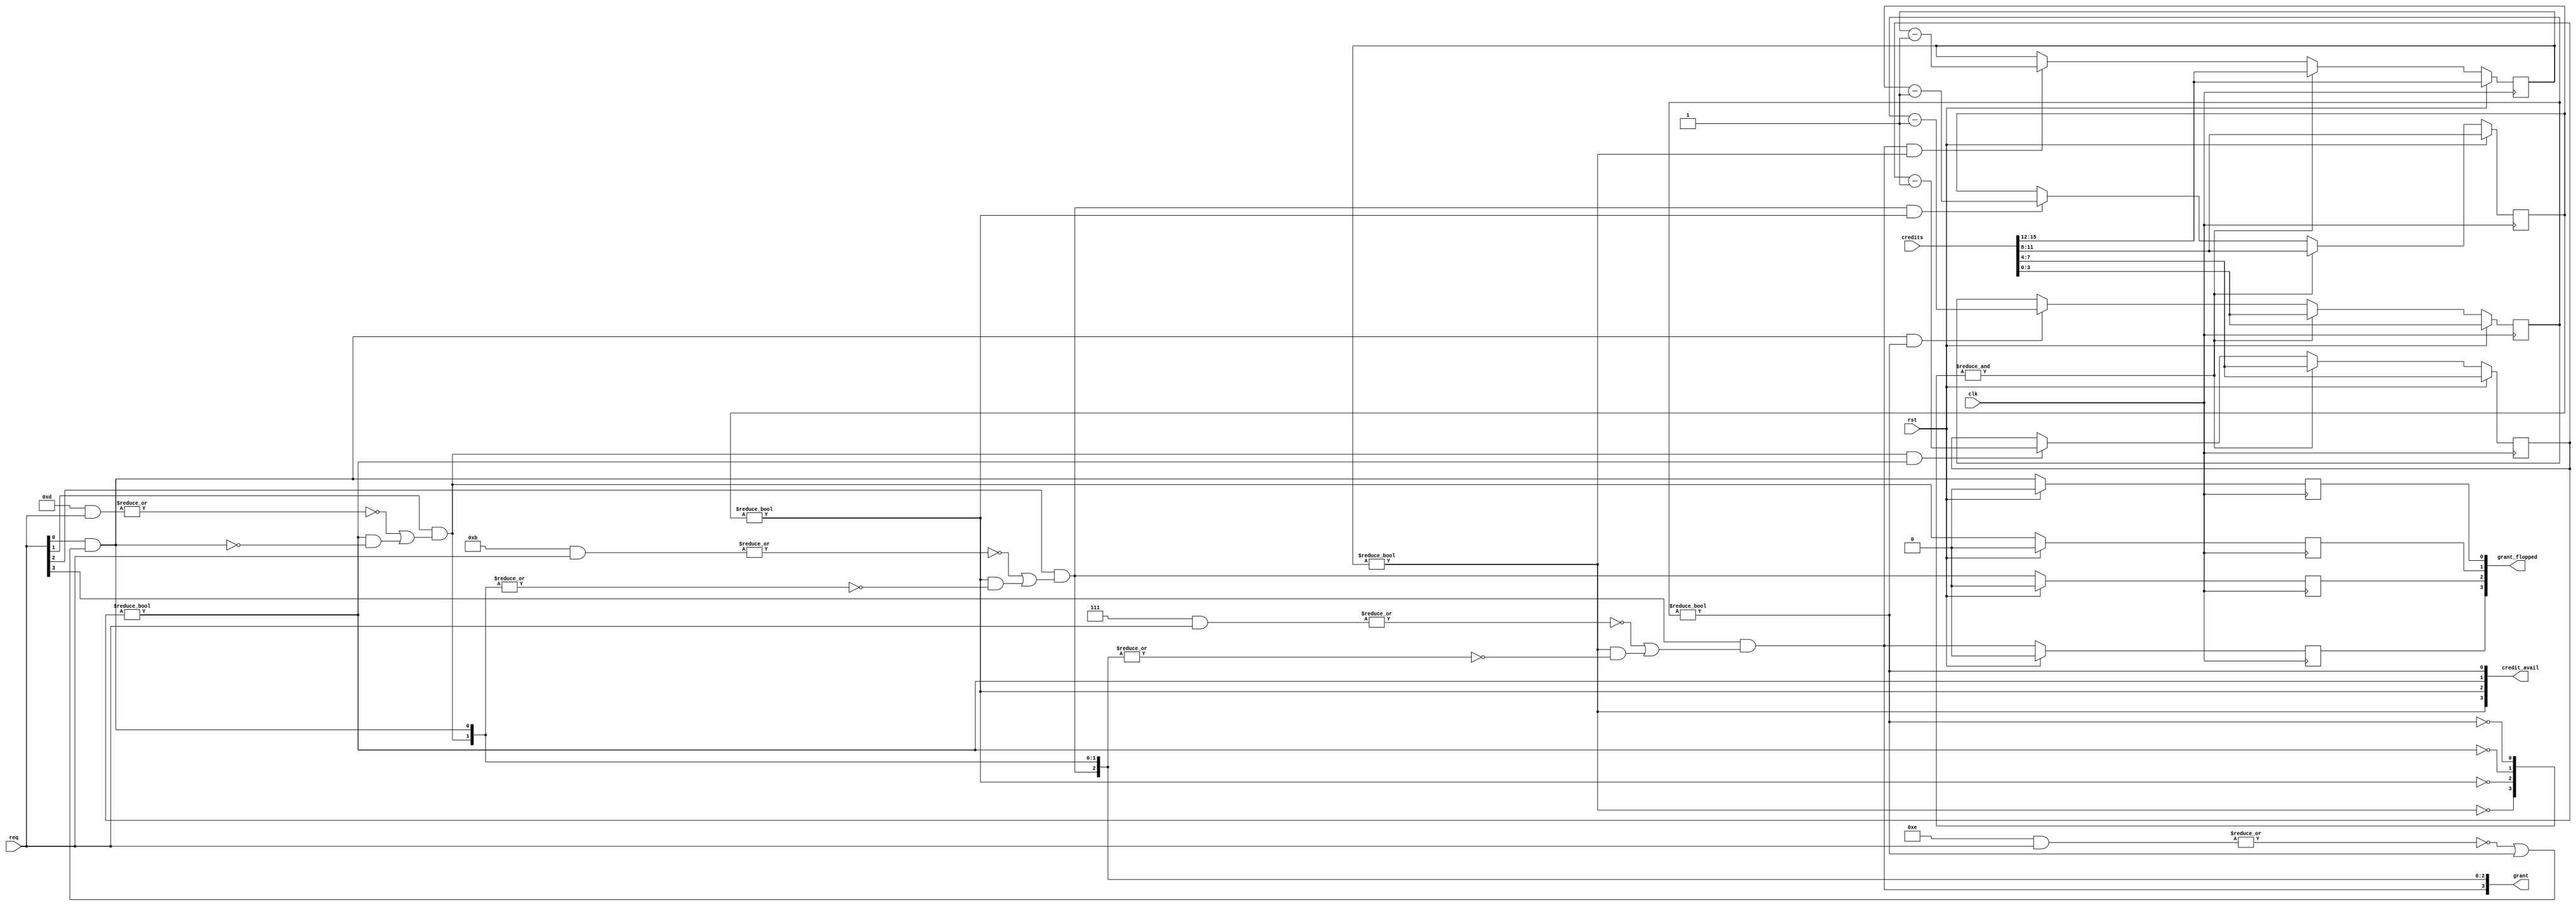
///////////////////////////////////////////////////////////////////////////////
//
// Copyright 2020 by Heqing Huang (feipenghhq@gamil.com)
//
// Project Name: N/A
// Module Name: wrr_arbiter
//
//
// ================== Description ==================
//
//  A Weighted Round Robin Arbiter.
//  Lower request has higher priority as long as it has credit
//
//  Algorithm:
//  1. At beginning, all the request get the credit as credit.
//  2. If there is only 1 request, it gets the grant and its credit is decreased by 1.
//  3. If there is more than one request, the lowest one has priority over others,
//     if it has credit, then it gets the grant and credit is decreased by 1.
//     if it has no credit, then the next lowest one has priority and repeat this
//     arbitration process.
//
///////////////////////////////////////////////////////////////////////////////

module wrr_arbiter #(
parameter WIDTH         = 4,
parameter CREDIT_WIDTH  = 4,        // credit width
parameter TOTAL_WIDTH   = CREDIT_WIDTH * WIDTH
) (
input                       clk,
input                       rst,
input  [TOTAL_WIDTH-1:0]    credits,        // credit signal for each request. Each field needs to be exact CREDIT_WIDTH length
input  [WIDTH-1:0]          req,
output [WIDTH-1:0]          grant,
output [WIDTH-1:0]          grant_flopped,  // flopped version of the grant
output [WIDTH-1:0]          credit_avail    // credit available
);

reg [CREDIT_WIDTH-1:0]  credit_q[WIDTH-1:0];
reg [WIDTH-1:0]         grant_q;

wire [CREDIT_WIDTH-1:0] credit[WIDTH-1:0];
wire [WIDTH-1:0]        self_mask[WIDTH-1:0];           // mask to mask the request from itself.
wire [WIDTH-1:0]        req_from_others;                // request from others not itself.
/* verilator lint_off UNOPTFLAT */
wire [WIDTH-1:0]        grant_from_lower;               // grant from lower request
/* verilator lint_on UNOPTFLAT */
wire [WIDTH-1:0]        each_credit_rst;
wire                    credit_rst;

// ================================
// Main process
// ================================

assign credit_rst = &each_credit_rst;

genvar i;
generate
for (i = 0; i < WIDTH; i = i + 1) begin: _

    assign credit[i] = credits[CREDIT_WIDTH*(i+1)-1:CREDIT_WIDTH*i];
    assign credit_avail[i] = (credit_q[i] != 0);
    assign each_credit_rst[i] = ~credit_avail[i];
    assign self_mask[i] = ~(1'b1 << i);
    assign req_from_others[i] = |(self_mask[i] & req);

    if (i > 0)
        assign grant_from_lower[i] = |grant[i-1:0];
    else
        assign grant_from_lower[i] = 0;
    assign grant[i] = req[i] & ((~req_from_others[i]) | (credit_avail[i] & ~grant_from_lower[i]));
    assign grant_flopped[i] = grant_q[i];

    always @(posedge clk) begin
        if (rst) begin
            credit_q[i] <= credit[i];
            grant_q[i] <= 1'b0;
        end
        else begin
            grant_q[i] <= grant[i];
            if (credit_rst) credit_q[i] <= credit[i];
            else if (grant[i] & credit_avail[i]) credit_q[i] <= credit_q[i] - 1'b1;
        end
    end
end
endgenerate


endmodule